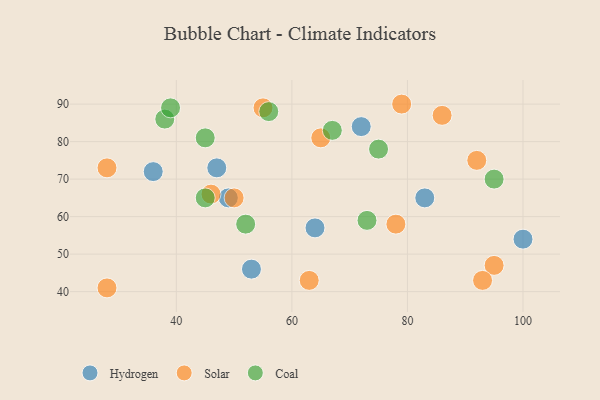
{"axis": {"x": "GDP", "y": "Life Expectancy"}, "legend": ["Coal", "Hydrogen", "Solar"], "data": [{"x": "72", "y": 84, "type": "Hydrogen"}, {"x": "100", "y": 54, "type": "Hydrogen"}, {"x": "49", "y": 65, "type": "Hydrogen"}, {"x": "64", "y": 57, "type": "Hydrogen"}, {"x": "83", "y": 65, "type": "Hydrogen"}, {"x": "36", "y": 72, "type": "Hydrogen"}, {"x": "47", "y": 73, "type": "Hydrogen"}, {"x": "53", "y": 46, "type": "Hydrogen"}, {"x": "46", "y": 66, "type": "Solar"}, {"x": "28", "y": 73, "type": "Solar"}, {"x": "95", "y": 47, "type": "Solar"}, {"x": "93", "y": 43, "type": "Solar"}, {"x": "79", "y": 90, "type": "Solar"}, {"x": "65", "y": 81, "type": "Solar"}, {"x": "92", "y": 75, "type": "Solar"}, {"x": "50", "y": 65, "type": "Solar"}, {"x": "63", "y": 43, "type": "Solar"}, {"x": "78", "y": 58, "type": "Solar"}, {"x": "55", "y": 89, "type": "Solar"}, {"x": "86", "y": 87, "type": "Solar"}, {"x": "28", "y": 41, "type": "Solar"}, {"x": "95", "y": 70, "type": "Coal"}, {"x": "45", "y": 65, "type": "Coal"}, {"x": "38", "y": 86, "type": "Coal"}, {"x": "39", "y": 89, "type": "Coal"}, {"x": "67", "y": 83, "type": "Coal"}, {"x": "45", "y": 81, "type": "Coal"}, {"x": "56", "y": 88, "type": "Coal"}, {"x": "52", "y": 58, "type": "Coal"}, {"x": "75", "y": 78, "type": "Coal"}, {"x": "73", "y": 59, "type": "Coal"}]}